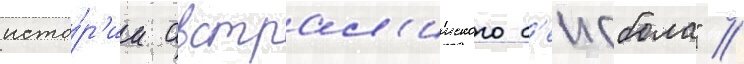
исто́р'ии австрал'ииского б'еисбола" //